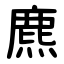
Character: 麃